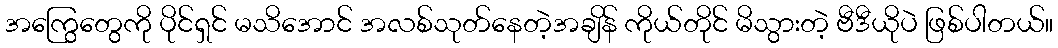
အကြွေတွေကို ပိုင်ရှင် မသိအောင် အလစ်သုတ်နေတဲ့အချိန် ကိုယ်တိုင် မိသွားတဲ့ ဗီဒီယိုပဲ ဖြစ်ပါတယ်။